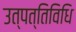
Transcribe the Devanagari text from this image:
उत्पत्तिविधि